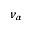
\nu _ { \alpha }